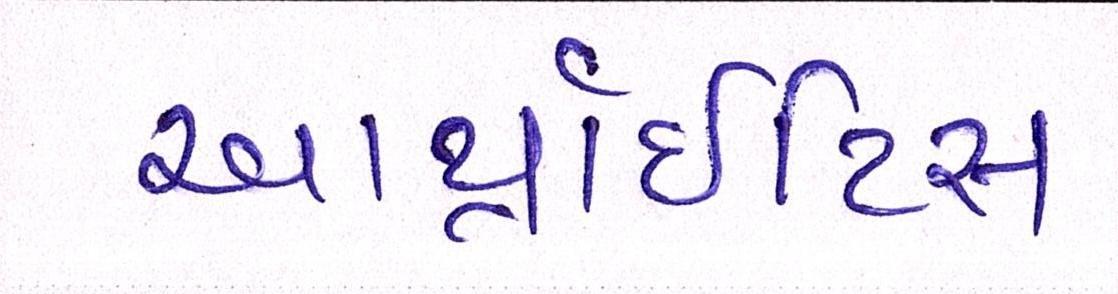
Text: આર્થ્રાઈટિસ